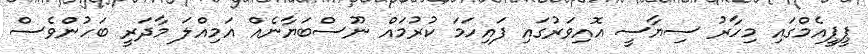
ޕީޕީއެމްގައި މިހާރު ސިޔާސީ އޮއިވަރުގައި ފައިހަމަ ކުރުމައް ނޫސްބަޔާނެއް އަމިއްލަ މާދަރީ ބަހުންވެސް